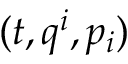
( t , q ^ { i } , p _ { i } )